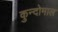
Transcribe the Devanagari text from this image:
कुन्दोमाल